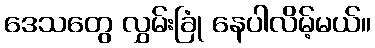
ဒေသတွေ လွှမ်းခြုံ နေပါလိမ့်မယ်။